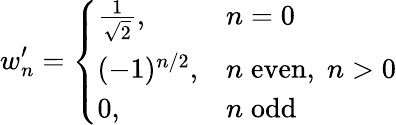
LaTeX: w_{n}^{\prime}=\left\{ \begin{array}{ll}{{\frac{1}{\sqrt{2}},}}&{{n=0}}\\ {{(-1)^{n/2},}}&{{n\; \mathrm{even},\; n>0}}\\ {{0,}}&{{n\; \mathrm{odd}}}\end{array}\right.